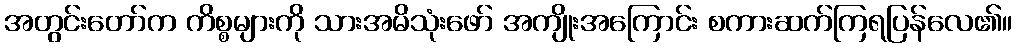
အတွင်းတော်က ကိစ္စများကို သားအမိသုံးဖော် အကျိုးအကြောင်း စကားဆက်ကြရပြန်လေ၏။